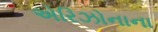
એરિઝોનાના